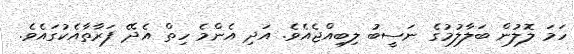
ހަމަ ލޮލުން ބަލާލުމުގެ ނަސީބު ލިބިއްޖެއެވެ. އަދި އެންމެ ހިތް އެދޭ ފަރާތާއެކުގައެވެ.